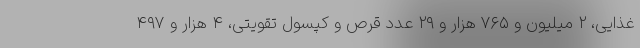
غذایی، ۲ میلیون و ۷۶۵ هزار و ۲۹ عدد قرص و کپسول تقویتی، ۴ هزار و ۴۹۷